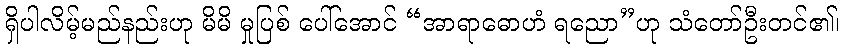
ရှိပါလိမ့်မည်နည်းဟု မိမိ မှုပြစ် ပေါ်အောင် “အာရာဓောဟံ ရညော”ဟု သံတော်ဦးတင်၏၊